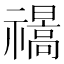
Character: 𰨕